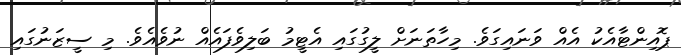
ޕޮއިންޓާއެކު އެއް ވަނައިގަވެ. މިހާތަނަށް ލީގުގައި އެޓީމު ބަލިވެފައެއް ނުވެއެވެ. މި ސީޒަނުގައި